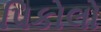
પિકોલો